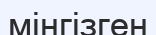
мінгізген